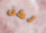
لكن